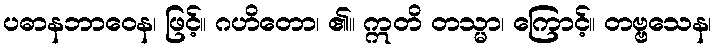
ပဓာနဘာဝေန၊ ဖြင့်။ ဂဟိတော၊ ၏။ ဣတိ တသ္မာ၊ ကြောင့်။ တဗ္ဗသေန၊